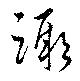
蹶